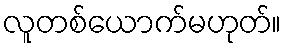
လူတစ်ယောက်မဟုတ်။